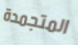
المتجمدة